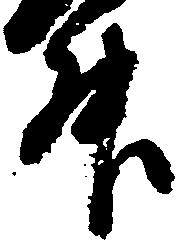
升